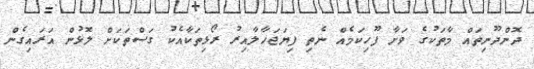
ދޮންދޫނިތައް މާތަކުގެ ވަށާ ފޫހިކަމެއް ނެތި ފިޔަޖަހާލާއިރު ރޯޅިތަކާއެކު ގަސްތަކަށް ލޮޅުން އަރައިގެން